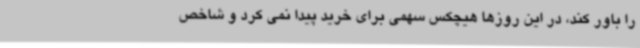
را باور کند، در این روزها هیچکس سهمی برای خرید پیدا نمی کرد و شاخص